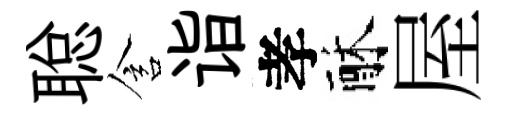
聪含诣孝酥屋